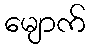
မျောက်